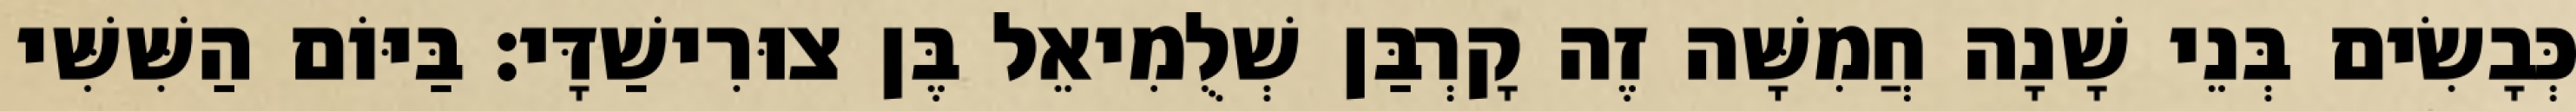
כְּבָשִׂים בְּנֵי שָׁנָה חֲמִשָּׁה זֶה קָרְבַּן שְׁלֻמִיאֵל בֶּן צוּרִישַׁדָּי׃ בַּיּוֹם הַשִּׁשִּׁי